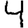
Digit: 4